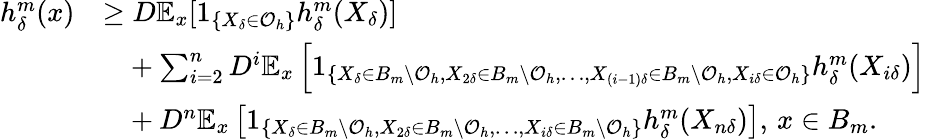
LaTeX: \begin{array}{rl}{h_{\delta}^{m}(x)}&{\geq D\mathbb{E}_{x}[1_{\{ X_{\delta}\in\mathcal{O}_{h}\} }h_{\delta}^{m}(X_{\delta})]}\\ &{\phantom{=}+\sum_{i=2}^{n}D^{i}\mathbb{E}_{x}\left[1_{\{ X_{\delta}\in B_{m}\setminus\mathcal{O}_{h},X_{2\delta}\in B_{m}\setminus\mathcal{O}_{h},\ldots,X_{(i-1)\delta}\in B_{m}\setminus\mathcal{O}_{h},X_{i\delta}\in\mathcal{O}_{h}\} }h_{\delta}^{m}(X_{i\delta})\right]}\\ &{\phantom{=}+D^{n}\mathbb{E}_{x}\left[1_{\{ X_{\delta}\in B_{m}\setminus\mathcal{O}_{h},X_{2\delta}\in B_{m}\setminus\mathcal{O}_{h},\ldots,X_{i\delta}\in B_{m}\setminus\mathcal{O}_{h}\} }h_{\delta}^{m}(X_{n\delta})\right],\, x\in B_{m}.}\end{array}